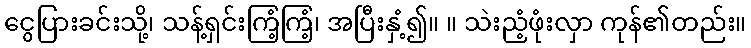
ငွေပြားခင်းသို့၊ သန့်ရှင်းကြံ့ကြံ့၊ အပြီးနှံ့၍။ ။ သဲးညံ့ဖုံးလှာ ကုန်၏တည်း။